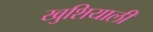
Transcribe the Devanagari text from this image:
खुशियाली